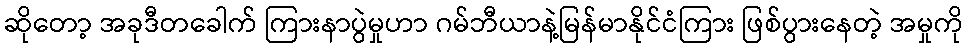
ဆိုတော့ အခုဒီတခေါက် ကြားနာပွဲမှုဟာ ဂမ်ဘီယာနဲ့မြန်မာနိုင်ငံကြား ဖြစ်ပွားနေတဲ့ အမှုကို